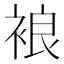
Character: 𧚅